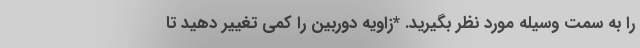
را به سمت وسیله مورد نظر بگیرید. *زاویه دوربین را کمی تغییر دهید تا